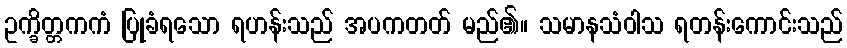
ဥက္ခိတ္တကကံ ပြုခံရသော ရဟန်းသည် အပကတတ် မည်၏။ သမာနသံဝါသ ရတန်းကောင်းသည်